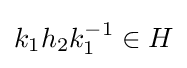
k_{1}h_{2}k_{1}^{-1}\in H